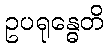
ဥပရုန္ဓေတိ